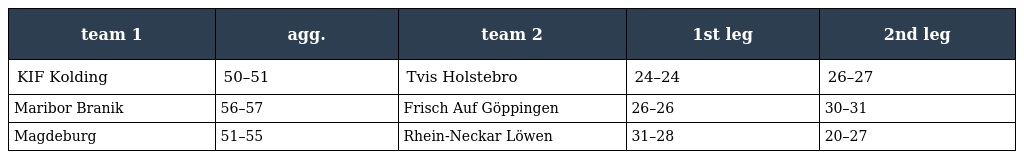
| team 1 | agg. | team 2 | 1st leg | 2nd leg |
 | --- | --- | --- | --- | --- |
 | KIF Kolding | 50–51 | Tvis Holstebro | 24–24 | 26–27 |
 | Maribor Branik | 56–57 | Frisch Auf Göppingen | 26–26 | 30–31 |
 | Magdeburg | 51–55 | Rhein-Neckar Löwen | 31–28 | 20–27 |